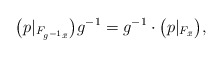
\begin{align*} \big( p|_{F_{g^{-1} \bar{x}}} \big)g^{-1} = g^{-1} \cdot \big( p|_{F_{\bar{x}}}\big),\end{align*}